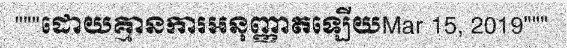
"""ដោយគ្មានការអនុញ្ញាតឡើយMar 15, 2019"""